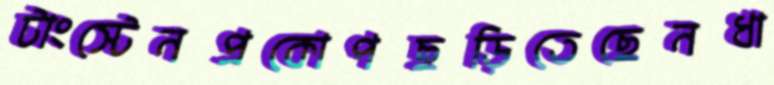
টাংস্টেনপ্রকোপছড়িতেছেনধা